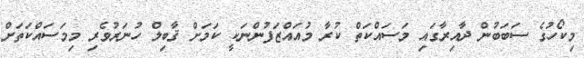
މިކޯހުގެ ސަބަބުން ދާއިރާގައި މަސައްކަތް ކުރާ މުއައްޒަފުންނަކީ ކަމަށް ޤާބިލް ހުނަރުވެރި މިމަސައްކަތަށް